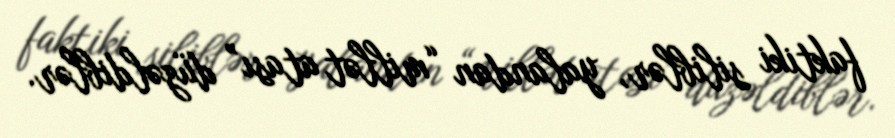
faktiki siliblər, yalandan “millət atası” düzəldiblər.